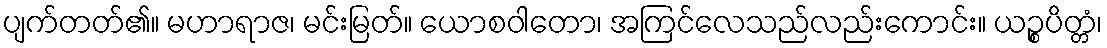
ပျက်တတ်၏။ မဟာရာဇ၊ မင်းမြတ်။ ယောစဝါတော၊ အကြင်လေသည်လည်းကောင်း။ ယဉ္စပိတ္တံ၊